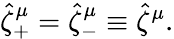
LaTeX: \hat{\zeta}_{+}^{\mu}=\hat{\zeta}_{-}^{\mu}\equiv\hat{\zeta}^{\mu}.